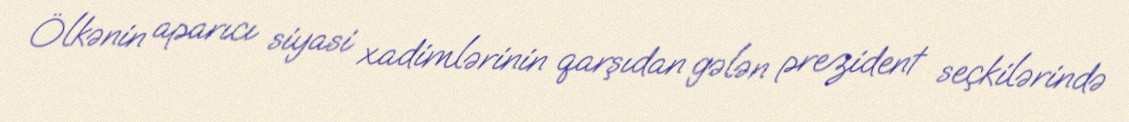
Ölkənin aparıcı siyasi xadimlərinin qarşıdan gələn prezident seçkilərində